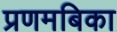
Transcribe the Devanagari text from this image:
प्रणमबिका